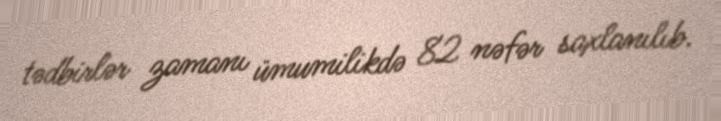
tədbirlər zamanı ümumilikdə 82 nəfər saxlanılıb.